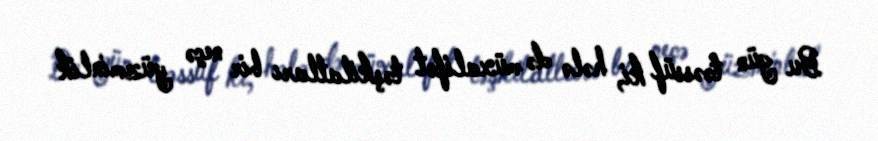
Bu gün təəssüf ki, hələ də müxalifət təşkilatları bir neçə yüzminlik